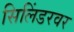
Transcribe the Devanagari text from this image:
सिलिंडरवर